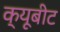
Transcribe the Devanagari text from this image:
क्यूबीट